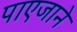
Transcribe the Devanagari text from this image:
पाएजाने